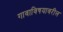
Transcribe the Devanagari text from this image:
गावाविषयावरील